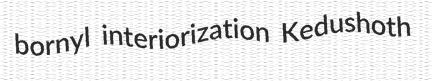
bornyl interiorization Kedushoth